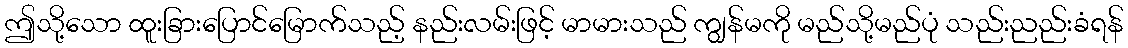
ဤသို့သော ထူးခြားပြောင်မြောက်သည့် နည်းလမ်းဖြင့် မာမားသည် ကျွန်မကို မည်သို့မည်ပုံ သည်းညည်းခံရန်